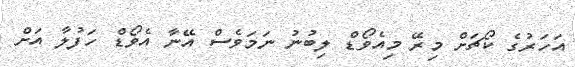
އަހަރުގެ ކޯޗަށް މިރޭ މިއެވޯޑް ލިބުނު ނަމަވެސް އޭނާ އެވޯޑް ހަފުލާ އަށް